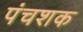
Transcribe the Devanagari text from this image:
पंचशक